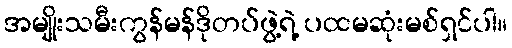
အမျိုးသမီးကွန်မန်ဒိုတပ်ဖွဲ့ရဲ့ ပထမဆုံးမစ်ရှင်ပါ။